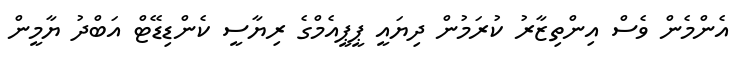
އެންމެން ވެސް އިންތިޒާރު ކުރަމުން ދިޔައީ ޕީޕީއެމްގެ ރިޔާސީ ކެންޑިޑޭޓް އަބްދު ޔާމީން